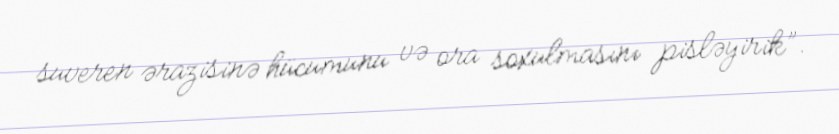
suveren ərazisinə hücumunu və ora soxulmasını pisləyirik”.